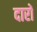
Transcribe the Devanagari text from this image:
दारों